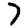
Digit: 7